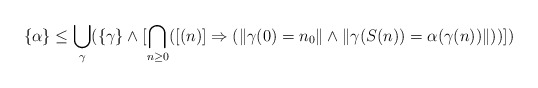
\begin{align*}\{\alpha\} \leq \bigcup_{\gamma} (\{\gamma\} \wedge [\bigcap_{n\geq 0} ([(n)]\Rightarrow (\|\gamma(0)=n_0\| \wedge \|\gamma(S(n))=\alpha(\gamma(n))\|))])\end{align*}